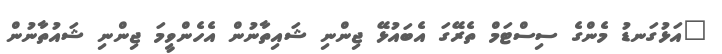
"އަޅުގަނޑު މެންގެ ސިސްޓަމް ތެރޭގަ އެބައުޅޭ ޖިންނި ޝައިތާނުން އެހެންވީމަ ޖިންނި ޝައުތާނުން